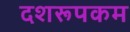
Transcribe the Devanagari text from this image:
दशरूपकम